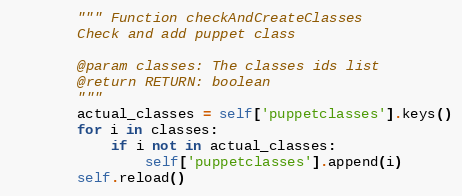
Language: Python
        """ Function checkAndCreateClasses
        Check and add puppet class

        @param classes: The classes ids list
        @return RETURN: boolean
        """
        actual_classes = self['puppetclasses'].keys()
        for i in classes:
            if i not in actual_classes:
                self['puppetclasses'].append(i)
        self.reload()